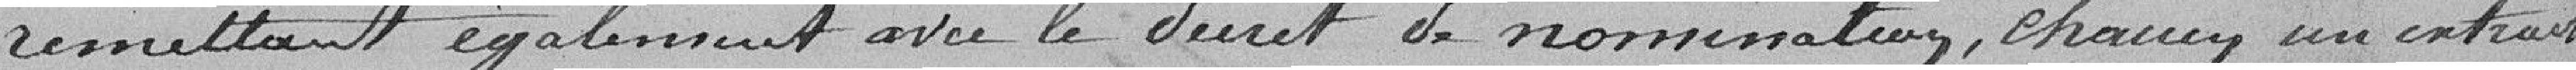
remettant également avec le décret de nomination, chacun un extrait